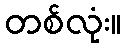
တစ်လုံး။